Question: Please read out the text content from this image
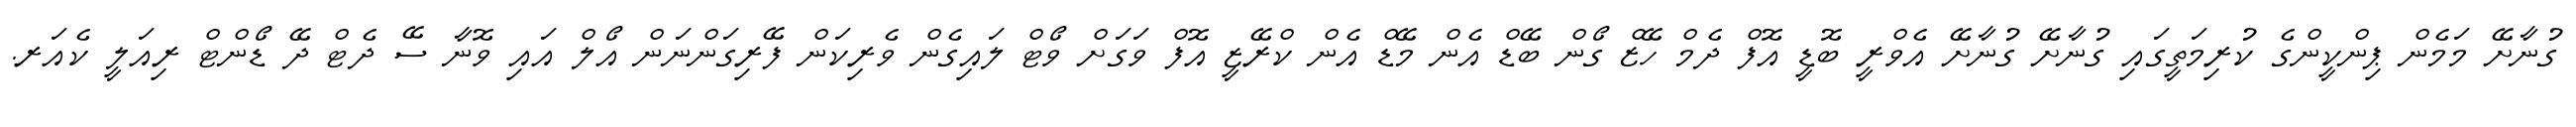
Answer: ގުނާށޭ މަމެން ޕިންކީންގެ ކުރިމަތީގައި ގުނާށޭ ގުނާށޭ އެވްރީ ބޮޑީ އޮފް ދެމް ހޭޒް ގޯން ބޭޑް އެން މޭޑް އެން ކްރޭޒީ އޮފް ވަގަށް ވޯޓް ލައިގެން ވެރިކަން ފޭރިގަންނަން އޯލް އައި ވޮނާ ސޭ ދެޓް ދޭ ޑޯންޓް ރިއަލީ ކެއަރ.